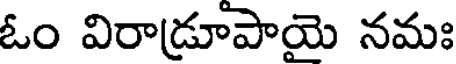
ఓం విరాడ్రూపాయె నమః